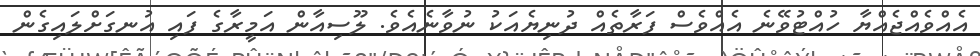
އެއްވެއްޖެއްޔާ ހުއްޓުވޭނެ އެއްވެސް ފަރާތެއް ދުނިޔެއަކު ނުވާނެއެވެ. ލޫސިއާން އަމީރާގެ ފައި އުނގަށްލައިގެން